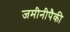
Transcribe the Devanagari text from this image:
जमीनीपैकी